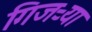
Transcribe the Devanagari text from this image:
गिजऱ्या